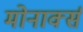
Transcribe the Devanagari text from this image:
मोनार्क्स